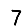
Digit: 7